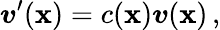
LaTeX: \boldsymbol{v}^{\prime}(\boldsymbol{\mathbf{x}})=c(\boldsymbol{\mathbf{x}})\boldsymbol{v}(\boldsymbol{\mathbf{x}})\, ,